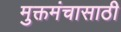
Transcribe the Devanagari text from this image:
मुक्तमंचासाठी